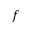
f